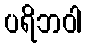
ပရိဘဝါ